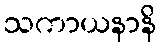
သကာယနာနိ